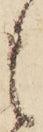
候